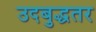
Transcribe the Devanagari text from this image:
उदबुद्धतर